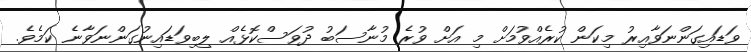
ވަޑައިގަންނަވާއިރު މިކަން ކުރެއްވުމަށް މި އަށް ވުރެ މުނާސަބު ދުވަސްކޮޅެއް ލިބިވަޑައިނުގަންނަވާނެ ކަމެވެ.